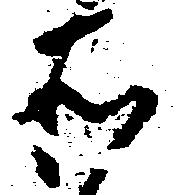
所